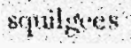
squilgees